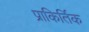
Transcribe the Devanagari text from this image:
प्राकिर्तिक